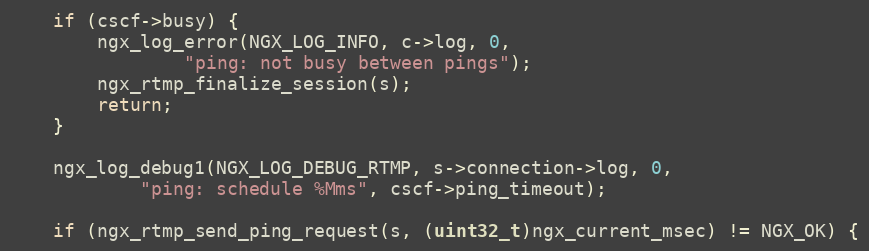
Language: C
    if (cscf->busy) {
        ngx_log_error(NGX_LOG_INFO, c->log, 0,
                "ping: not busy between pings");
        ngx_rtmp_finalize_session(s);
        return;
    }

    ngx_log_debug1(NGX_LOG_DEBUG_RTMP, s->connection->log, 0,
            "ping: schedule %Mms", cscf->ping_timeout);

    if (ngx_rtmp_send_ping_request(s, (uint32_t)ngx_current_msec) != NGX_OK) {